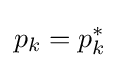
p_{k}=p_{k}^{*}